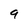
Character: 9